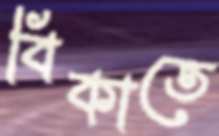
বিকাতে